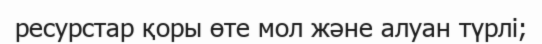
ресурстар қоры өте мол және алуан түрлі;